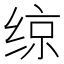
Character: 𫟅